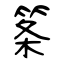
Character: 筿